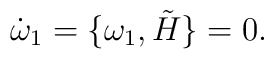
\dot\omega_1=\lbrace \omega_1, \tilde H\rbrace =0.